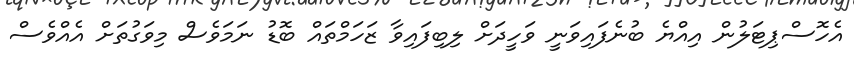
އެހޮސްޕިޓަލުން އިއްޔެ ބުނެފައިވަނީ ވަހީދަށް ލިބިފައިވާ ޒަހަމްތައް ބޮޑު ނަމަވެސް މިވަގުތަށް އެއްވެސް